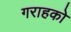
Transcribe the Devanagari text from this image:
गराहको